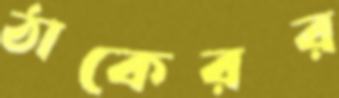
ঠাকেরর